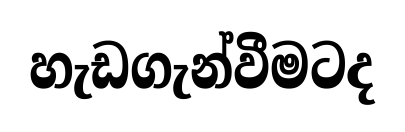
හැඩගැන්වීමටද